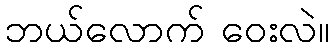
ဘယ်လောက် ဝေးလဲ။